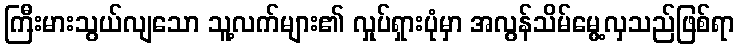
ကြီးမားသွယ်လျသော သူ့လက်များ၏ လှုပ်ရှားပုံမှာ အလွန်သိမ်မွေ့လှသည်ဖြစ်ရာ